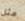
مثل